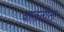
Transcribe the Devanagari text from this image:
घालतील